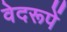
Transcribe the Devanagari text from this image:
वेदरूपें